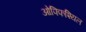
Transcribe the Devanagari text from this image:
ओफ्फिश्यिल